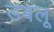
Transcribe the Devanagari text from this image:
डबलू